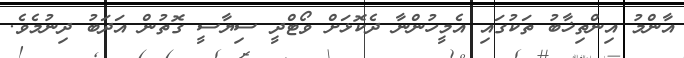
އާންމު އިންތިޚާބު ތަކުގައި އެމީހުންނާ ދެކޮޅަށް ވޯޓްދީ ސިޔާސީ ގޮތުން އަދަބު ދިނުމެވެ.